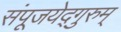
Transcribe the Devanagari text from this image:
संपूजयेद्गुरुम्